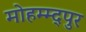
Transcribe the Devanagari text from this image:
मोहम्म्द्पुर